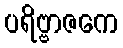
ပရိဗ္ဗာဇကေ